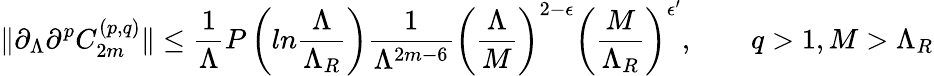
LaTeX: \| \partial_{\Lambda}\partial^{p}C_{2m}^{(p,q)}\| \leq{\frac{1}{\Lambda}}P\left(ln{\frac{\Lambda}{\Lambda_{R}}}\right){\frac{1}{\Lambda^{2m-6}}}\left({\frac{\Lambda}{M}}\right)^{2-\epsilon}\left({\frac{M}{\Lambda_{R}}}\right)^{\epsilon^{\prime}},\qquad q>1,M>\Lambda_{R}